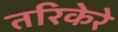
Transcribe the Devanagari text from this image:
तरिकेरे